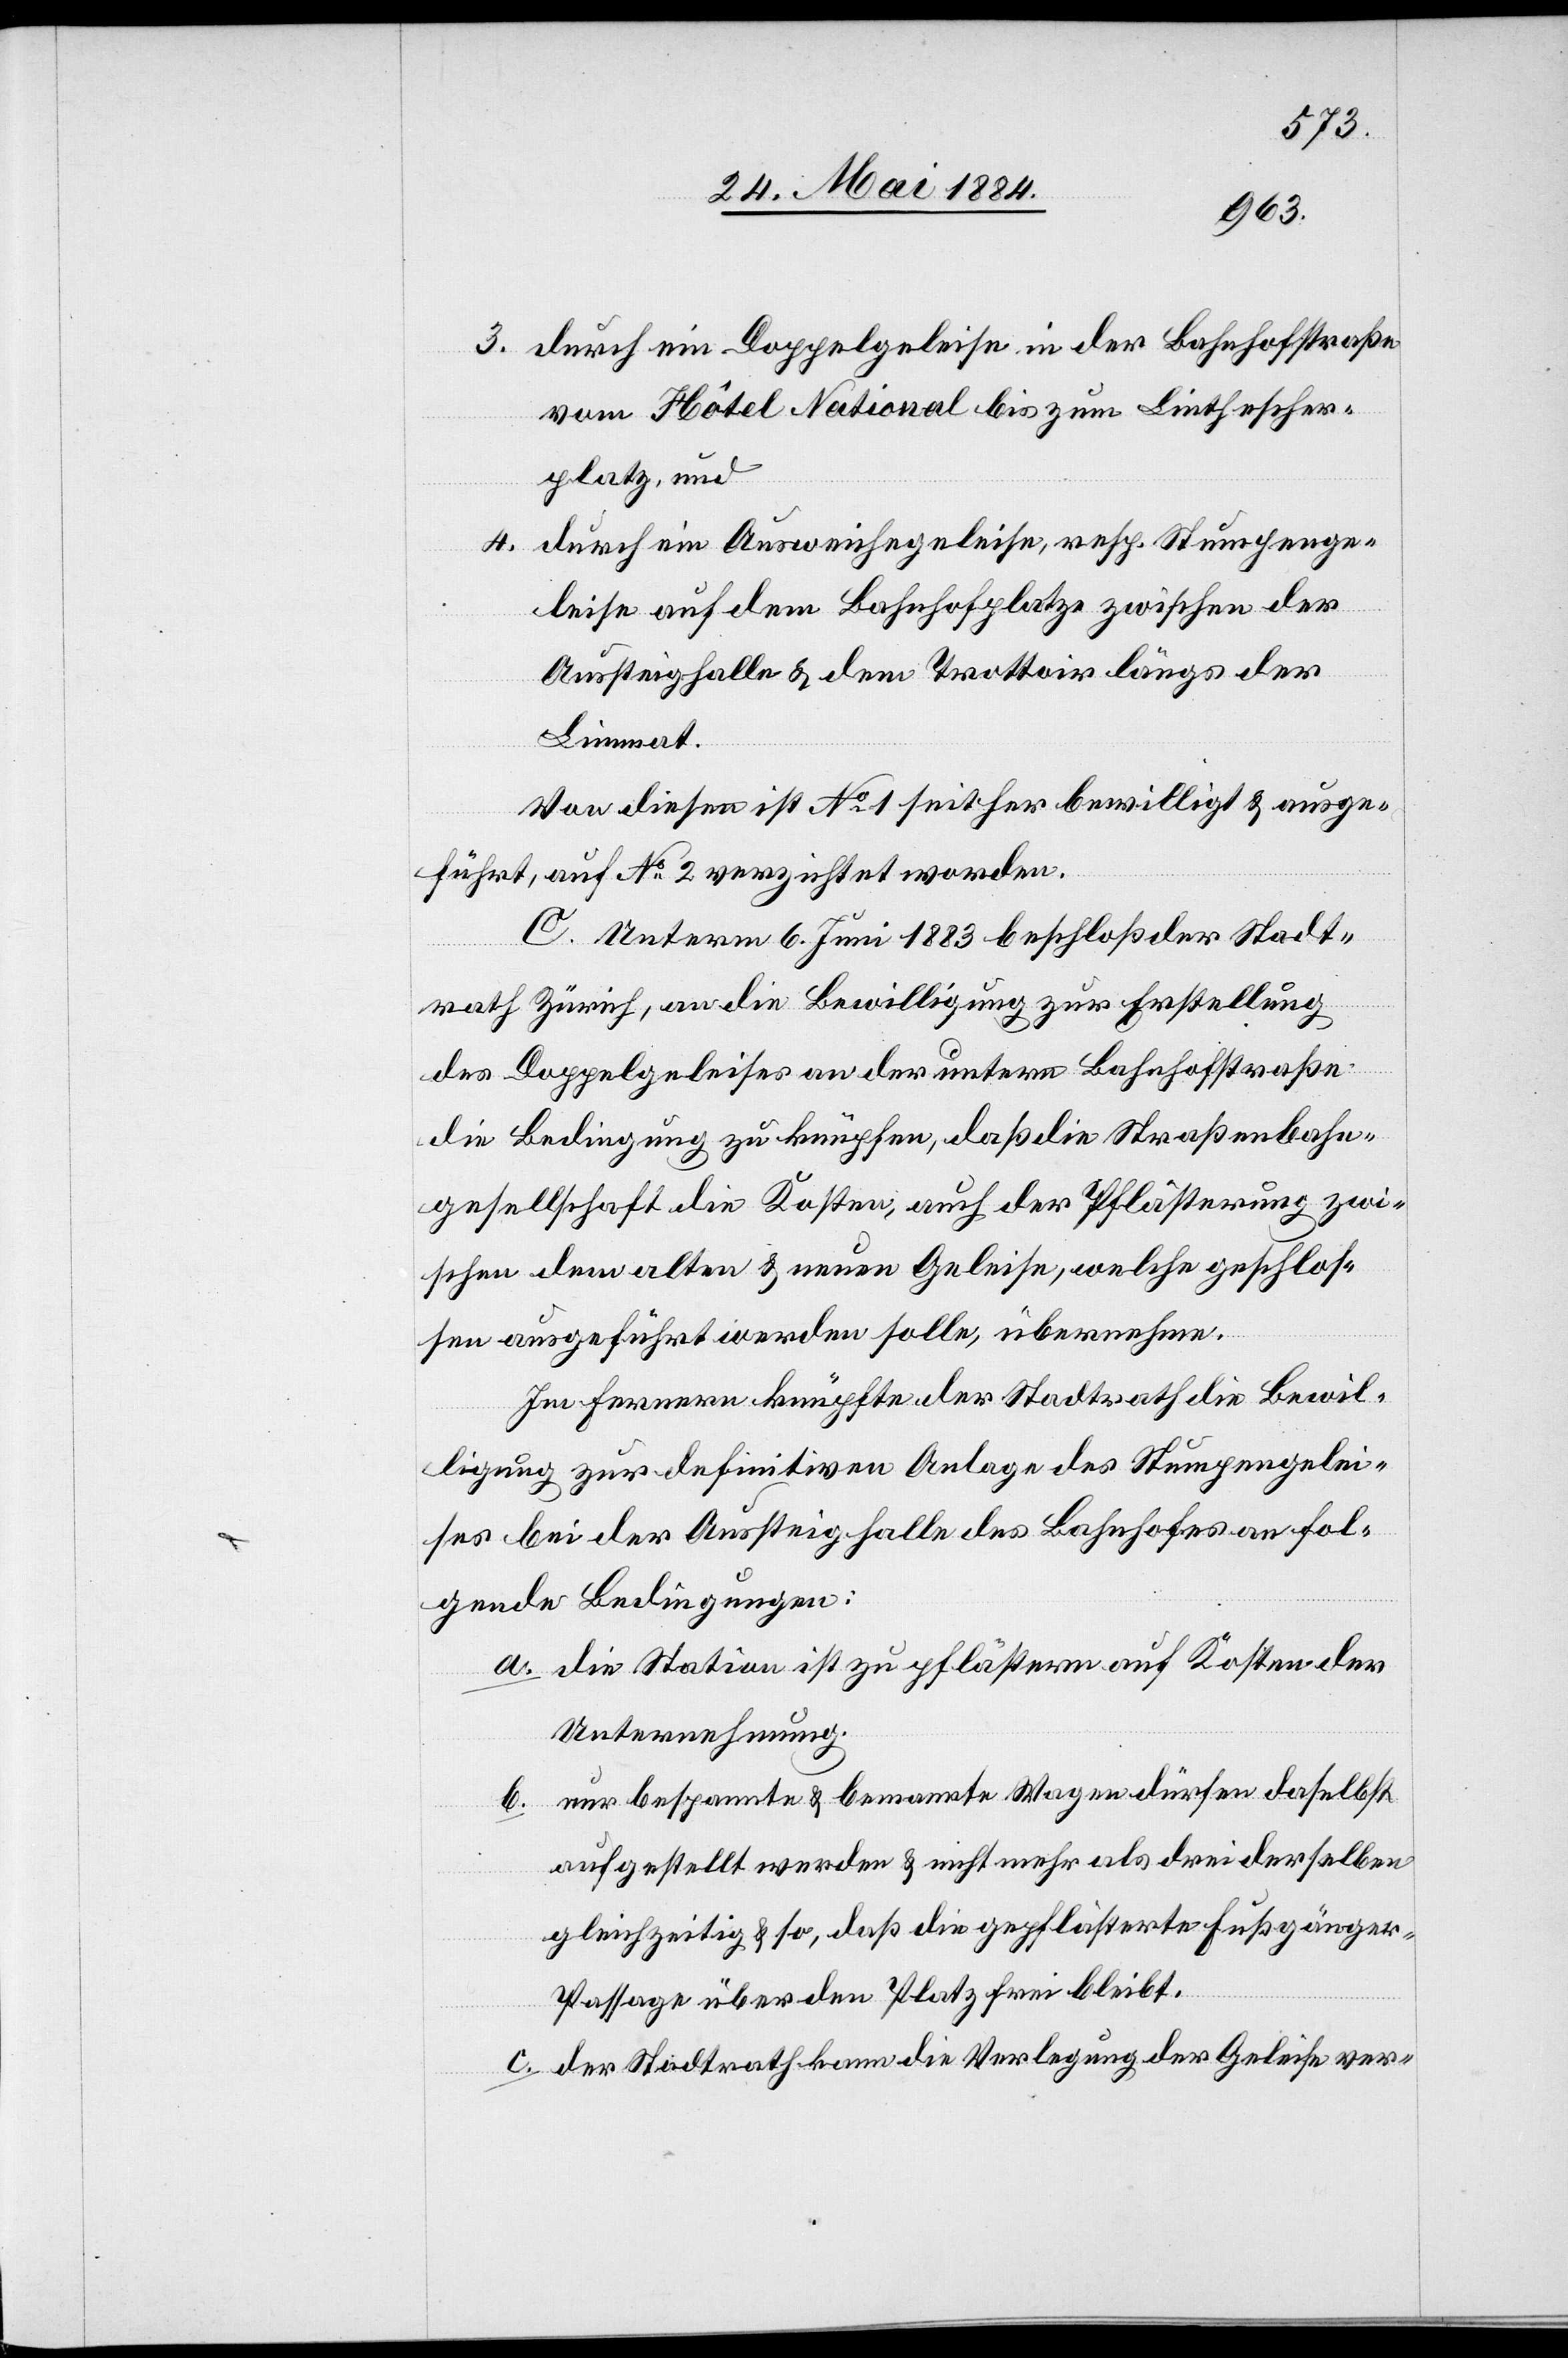
3. durch ein Doppelgeleise in der Bahnhofstraße
vom Hôtel National bis zum Linthescher¬
platz, und
4. durch ein Ausweichegeleise, resp. Stumpenge¬
leise auf dem Bahnhofplatze zwischen der
Aussteighalle & dem Trottoir längs der
Limmat.
Von diesen ist No 1 seither bewilligt & ausge¬
führt, auf No 2 verzichtet worden.
C. Unterm 6. Juni 1883 beschloß der Stadt¬
rath Zürich, an die Bewilligung zur Erstellung
des Doppelgeleises an der untern Bahnhofstraße
die Bedingung zu knüpfen, daß die Straßenbahn¬
gesellschaft die Kosten, auch der Pflästerung zwi¬
schen dem alten & neuen Geleise, welche geschloss¬
en ausgeführt werden solle, übernehmen.
Im Fernern knüpfte der Stadtrath die Bewil¬
ligung zur definitiven Anlage des Stumpengelei¬
ses bei der Aussteighalle des Bahnhofes an fol¬
gende Bedingungen:
a. die Station ist zu pflästern auf Kosten der
Unternehmung.
b. nur bespannte & bemannte Wagen dürfen daselbst
aufgestellt werden & nicht mehr als drei derselben
gleichzeitig & so, daß die gepflästerte Fußgänge¬
r-Passage über den Platz frei bleibt.
c. der Stadtrath kann die Verlegung der Geleise ver-